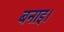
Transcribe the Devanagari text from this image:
बनाइ।